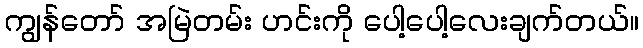
ကျွန်တော် အမြဲတမ်း ဟင်းကို ပေါ့ပေါ့လေးချက်တယ်။